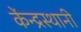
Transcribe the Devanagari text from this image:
केंन्द्रस्थानी